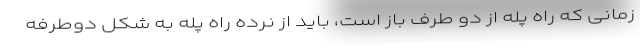
زمانی که راه پله از دو طرف باز است، باید از نرده راه پله به شکل دوطرفه